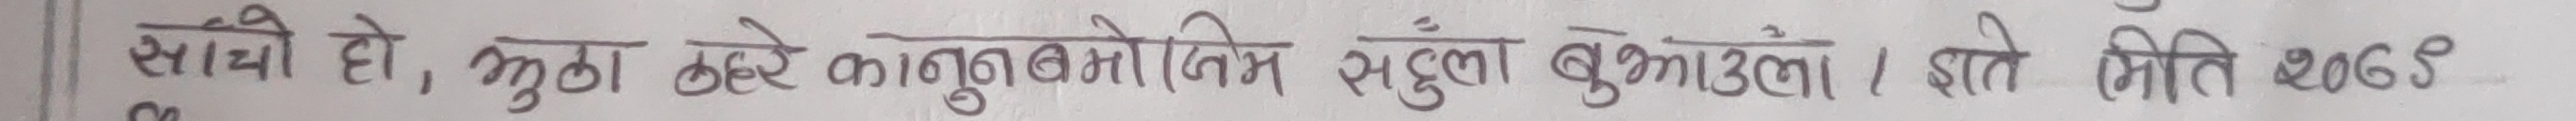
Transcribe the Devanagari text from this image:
साथी हो, झुठा ठहरे कानुनबमोजिम सहँला बुझाउला। ज्ञाते मिति २०७६।०९।०६